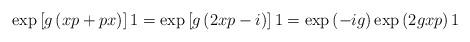
LaTeX: \begin{align*}\exp \left[ g\left( xp+px\right) \right] 1=\exp \left[ g\left( 2xp-i\right)\right]1=\exp \left( -ig\right) \exp \left( 2gxp\right) 1\end{align*}